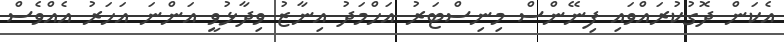
އެކަން ދޮގުކުރައްވައި ފިނޭންސް މިނިސްޓަރު އަހްމަދު އިނާޒު ވިދާޅުވީ އަންނަ އަހަރު އެއްވެސް